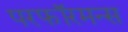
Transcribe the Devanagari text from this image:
परफॉरमन्स